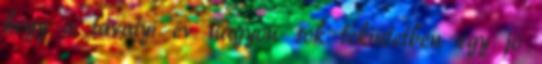
hogy a tavalyi év nagyon sok tekintetben egy jó